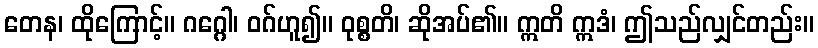
တေန၊ ထိုကြောင့်။ ဂဂ္ဂေါ၊ ဝဂ်ဟူ၍။ ဝုစ္စတိ၊ ဆိုအပ်၏။ ဣတိ ဣဒံ၊ ဤသည်လျှင်တည်း။